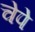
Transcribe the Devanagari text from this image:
चेपे